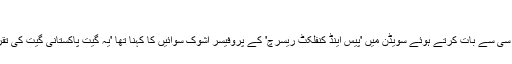
'
اس سلسلے میں بی بی سی سے بات کرتے ہوئے سویڈن میں 'پیس اینڈ کنفلکٹ ریسرچ' کے پروفیسر اشوک سوائيں کا کہنا تھا 'یہ گیت پاکستانی گیت کی تقریباً 99 فیصد نقل ہے۔